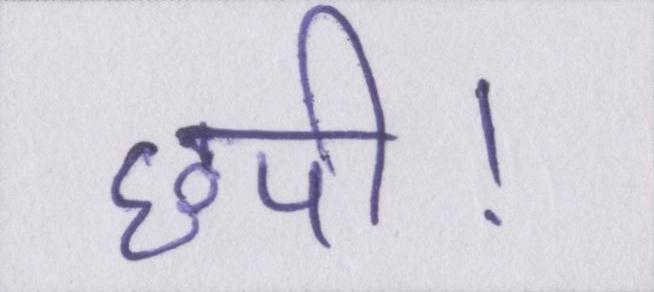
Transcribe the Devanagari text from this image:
छपी।